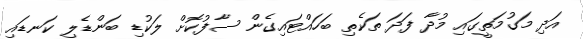
އަދި މަގުމަތީގައި މުދާ ފަދަ ތަކެތި ބަހައްޓައިގެން ސާފުކޮށް ލަކުޑި ބަންޑެލި ކަނޑައި